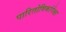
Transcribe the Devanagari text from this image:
पारितोषिकांपेक्षा